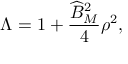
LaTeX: \Lambda = 1 + \frac { \widehat { B } _ { M } ^ { 2 } } { 4 } \rho ^ { 2 } ,